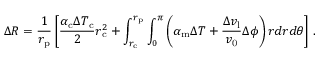
\Delta R = \frac { 1 } { r _ { \mathrm { p } } } \left[ \frac { \alpha _ { \mathrm { c } } \Delta T _ { \mathrm { c } } } { 2 } r _ { \mathrm { c } } ^ { 2 } + \int _ { r _ { \mathrm { c } } } ^ { r _ { \mathrm { p } } } \int _ { 0 } ^ { \pi } \left( \alpha _ { \mathrm { m } } \Delta T + \frac { \Delta v _ { \mathrm { l } } } { v _ { \mathrm { 0 } } } \Delta \phi \right) r d r d \theta \right] \, .